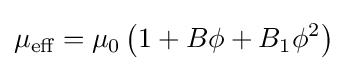
\mu _{\text{eff}}=\mu _{0}\left(1+B\phi +B_{1}\phi ^{2}\right)